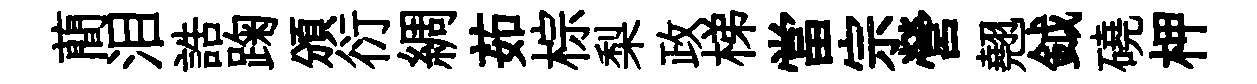
蕳泪誥踘頒衍綢茹棕梨政梯當宗營翹鉞磽柙